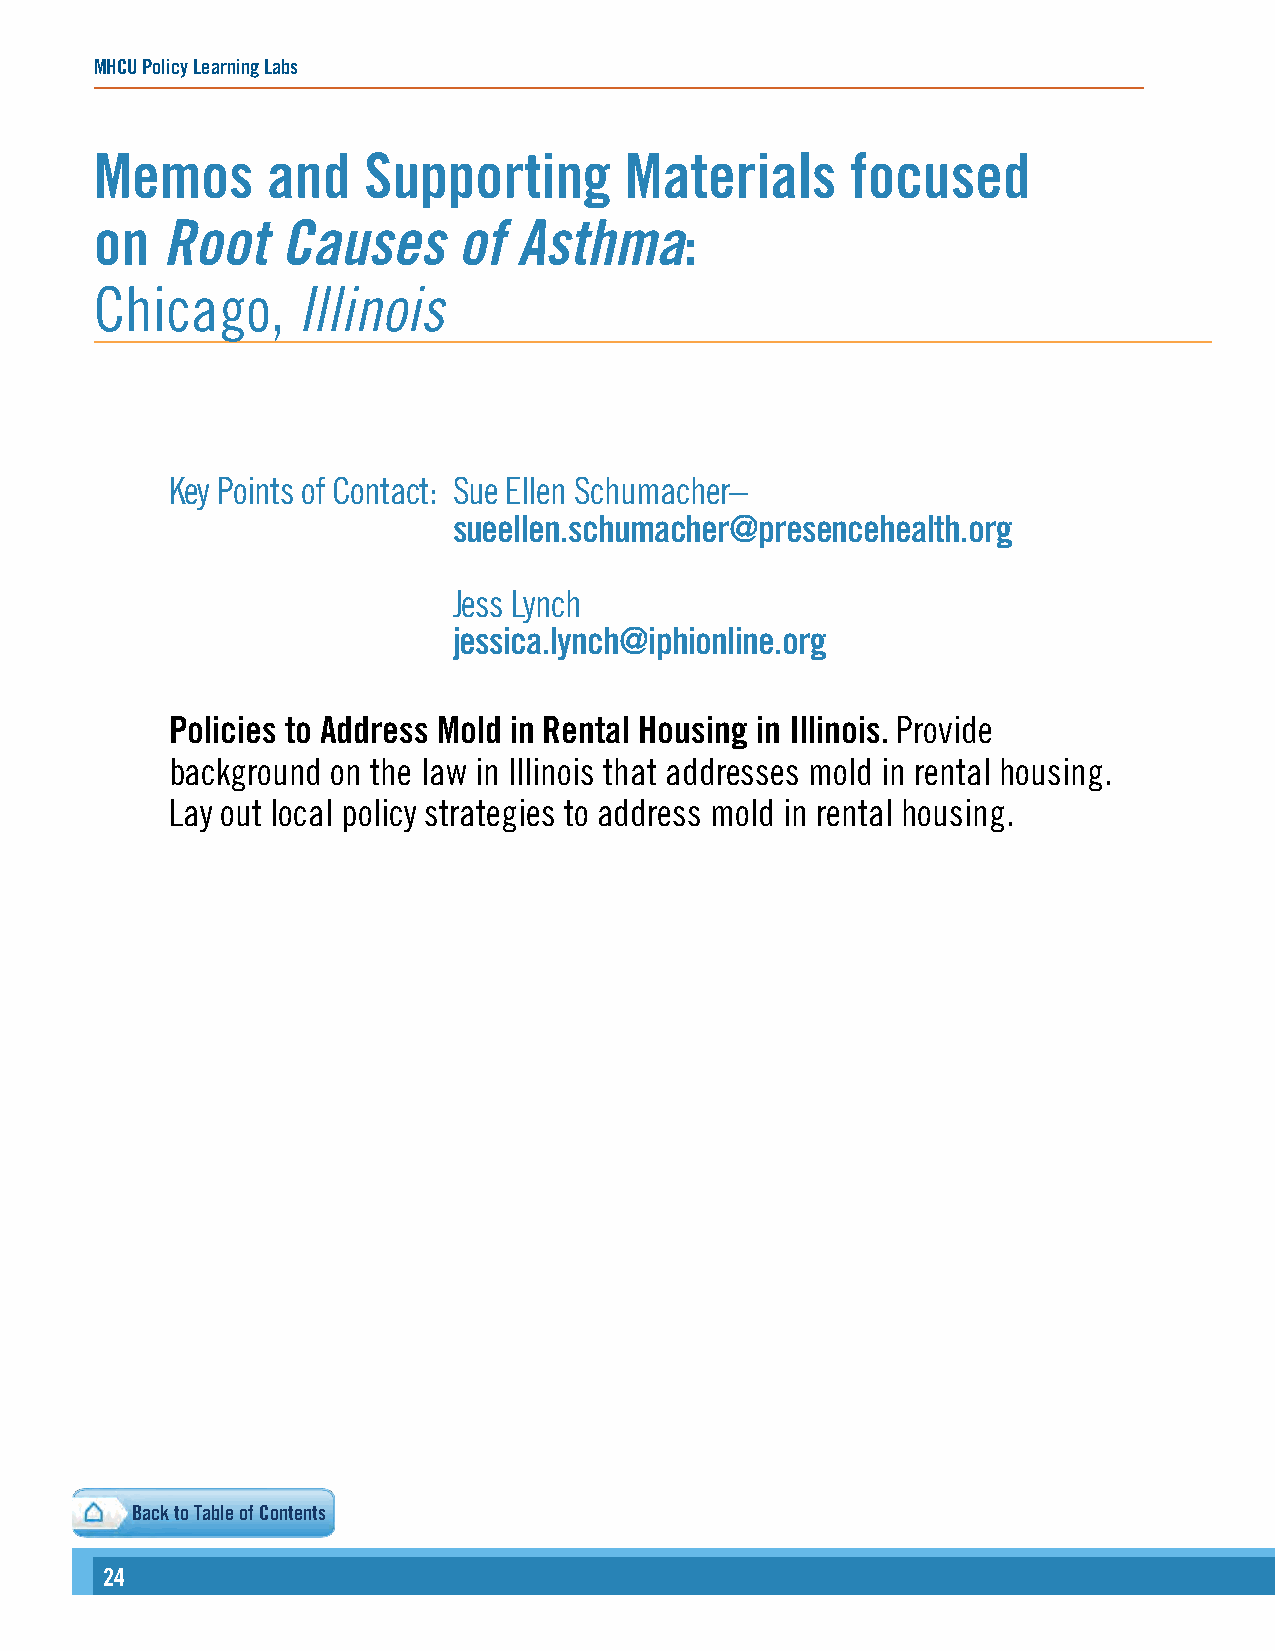
MHCU Policy Learning Labs
 Memos       and   Supporting       Materials      focused
 on   Root    Causes     of  Asthma:
 Chicago,      Illinois
 Key Points of Contact: Sue Ellen Schumacher–
 sueellen.schumacher@presencehealth.org
 Jess Lynch
 jessica.lynch@iphionline.org
 Policies to Address Mold in Rental Housing in Illinois. Provide
 background on the law in Illinois that addresses mold in rental housing.
 Lay out local policy strategies to address mold in rental housing.
 Back to Table of Contents
 24                                                                                                                                                        2255